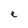
Character: e